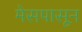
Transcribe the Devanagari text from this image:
मेसपासून